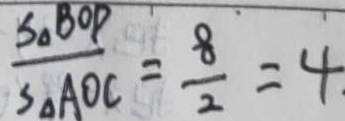
\frac { S _ { \Delta } B O D } { S _ { \Delta A O C } } = \frac { 8 } { 2 } = 4 .